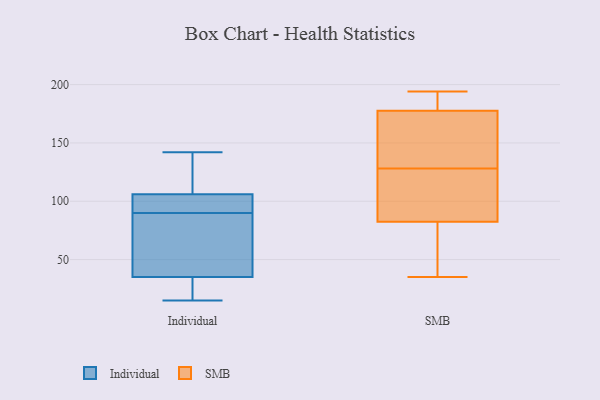
{"axis": {"x": "Energy Usage (MWh)", "y": "Value"}, "legend": ["Individual", "SMB"], "data": [{"x": "", "y": 85, "type": "Individual"}, {"x": "", "y": 32, "type": "Individual"}, {"x": "", "y": 101, "type": "Individual"}, {"x": "", "y": 95, "type": "Individual"}, {"x": "", "y": 90, "type": "Individual"}, {"x": "", "y": 121, "type": "Individual"}, {"x": "", "y": 29, "type": "Individual"}, {"x": "", "y": 142, "type": "Individual"}, {"x": "", "y": 99, "type": "Individual"}, {"x": "", "y": 15, "type": "Individual"}, {"x": "", "y": 36, "type": "Individual"}, {"x": "", "y": 132, "type": "Individual"}, {"x": "", "y": 90, "type": "Individual"}, {"x": "", "y": 64, "type": "SMB"}, {"x": "", "y": 181, "type": "SMB"}, {"x": "", "y": 35, "type": "SMB"}, {"x": "", "y": 93, "type": "SMB"}, {"x": "", "y": 189, "type": "SMB"}, {"x": "", "y": 167, "type": "SMB"}, {"x": "", "y": 189, "type": "SMB"}, {"x": "", "y": 142, "type": "SMB"}, {"x": "", "y": 37, "type": "SMB"}, {"x": "", "y": 194, "type": "SMB"}, {"x": "", "y": 123, "type": "SMB"}, {"x": "", "y": 79, "type": "SMB"}, {"x": "", "y": 110, "type": "SMB"}, {"x": "", "y": 128, "type": "SMB"}, {"x": "", "y": 137, "type": "SMB"}]}